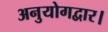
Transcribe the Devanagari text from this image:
अनुयोगद्वार।